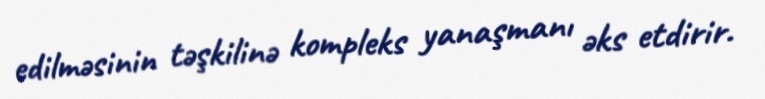
edilməsinin təşkilinə kompleks yanaşmanı əks etdirir.